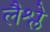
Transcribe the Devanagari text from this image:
लैश्ले